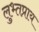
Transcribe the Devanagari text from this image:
लुभ्तप्राय